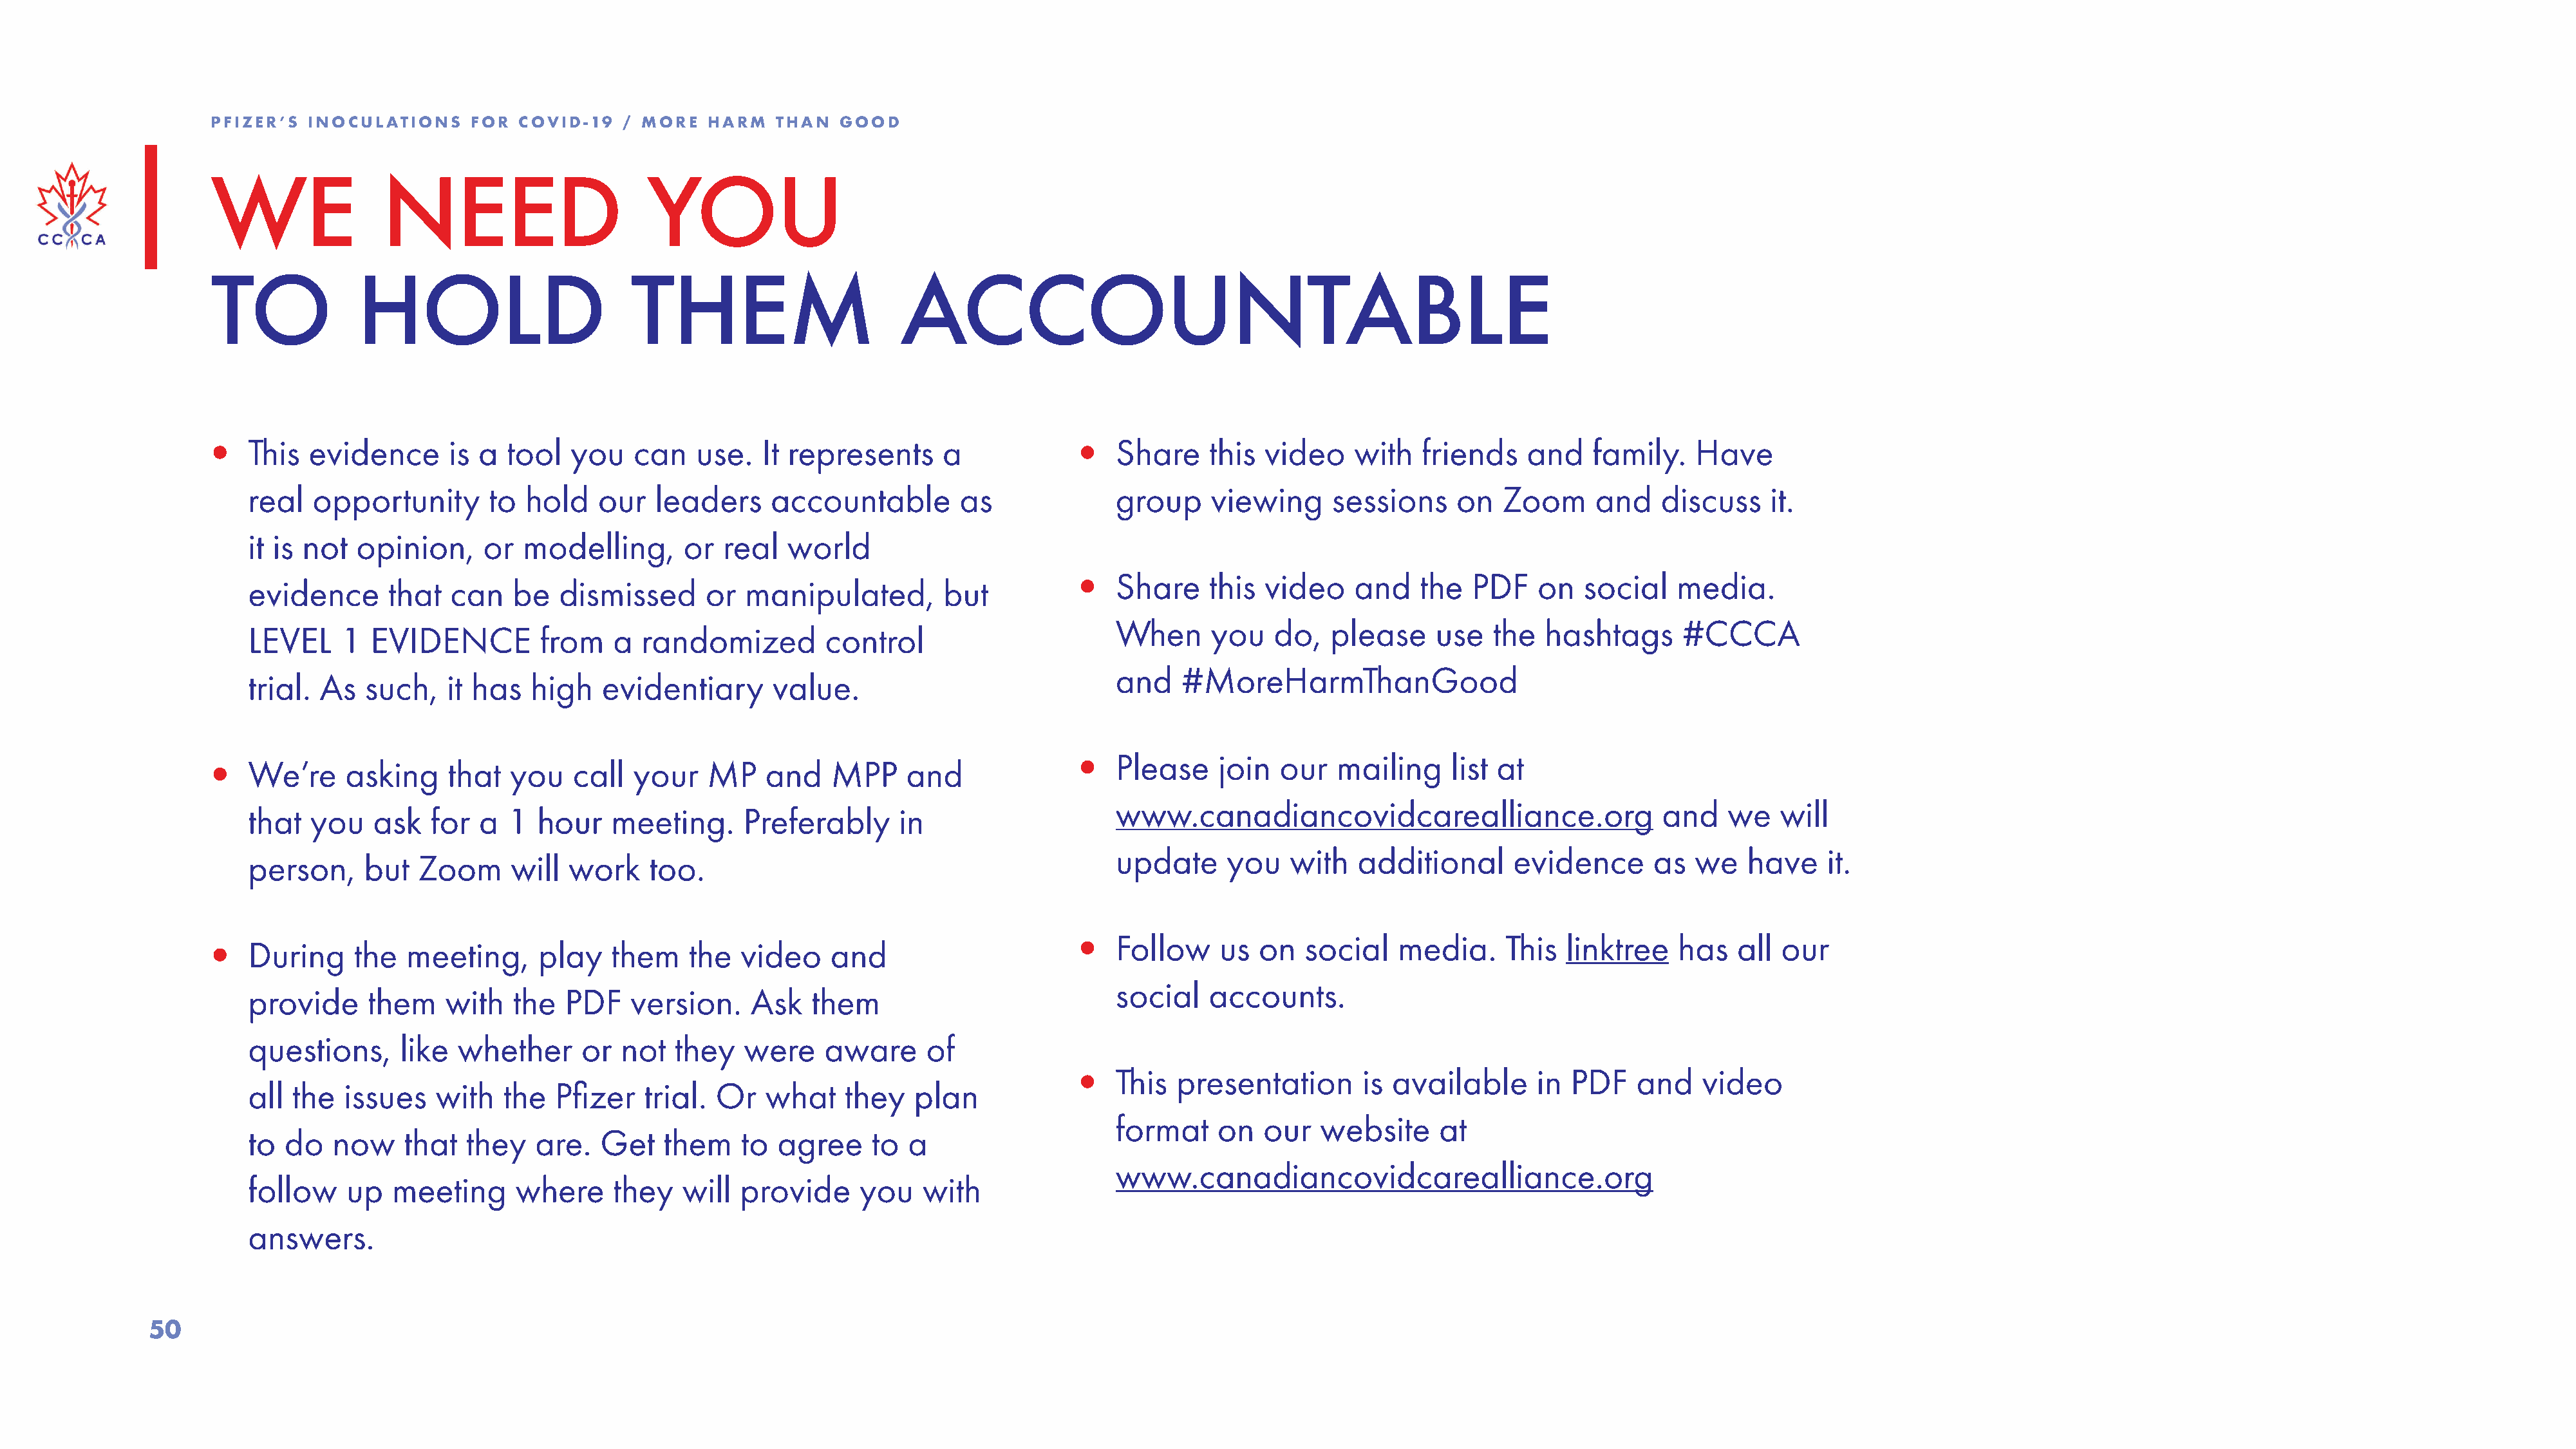
PFIZER’S  INOCULATIONS    FOR  COVID-19   / MORE   HARM   THAN  GOOD
 WE               NEED                        YOU
 TO             HOLD                        THEM                        ACCOUNTABLE
 •   This  evidence      is a  tool   you   can    use.  It represents      a             •   Share    this  video    with   friends    and    family.   Have
 real  opportunity       to  hold   our   leaders     accountable         as              group    viewing      sessions     on  Zoom      and    discuss    it.
 it is not  opinion,     or  modelling,      or  real   world
 •   Share    this  video    and    the  PDF    on   social   media.
 evidence      that  can    be  dismissed       or  manipulated,        but
 When     you    do,   please     use  the   hashtags      #CCCA
 LEVEL    1  EVIDENCE          from   a  randomized         control
 and   #MoreHarmThanGood
 trial. As   such,   it has   high   evidentiary      value.
 •   We’re    asking     that  you    call  your    MP    and   MPP     and               •   Please    join   our  mailing     list at
 www.canadiancovidcarealliance.org                       and    we   will
 that  you   ask   for  a  1  hour    meeting.     Preferably      in
 update     you    with   additional      evidence      as  we    have    it.
 person,    but   Zoom      will work     too.
 •   During    the   meeting,     play    them    the  video    and                       •   Follow    us  on   social    media.     This  linktree   has    all our
 social   accounts.
 provide     them    with   the  PDF    version.    Ask   them
 questions,     like  whether      or  not  they   were     aware     of
 •   This  presentation       is available      in PDF    and    video
 all the  issues    with   the  Pfizer   trial.  Or   what    they   plan
 format    on   our   website     at
 to do   now     that  they   are.   Get   them    to  agree     to a
 www.canadiancovidcarealliance.org
 follow    up  meeting      where     they   will  provide     you    with
 answers.
 50